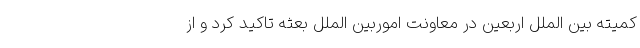
کمیته بین الملل اربعین در معاونت اموربین الملل بعثه تاکید کرد و از